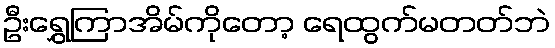
ဦးရွှေကြာအိမ်ကိုတော့ ရေထွက်မတတ်ဘဲ